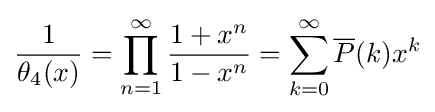
{\frac {1}{\theta _{4}(x)}}=\prod _{n=1}^{\infty }{\frac {1+x^{n}}{1-x^{n}}}=\sum _{k=0}^{\infty }{\overline {P}}(k)x^{k}